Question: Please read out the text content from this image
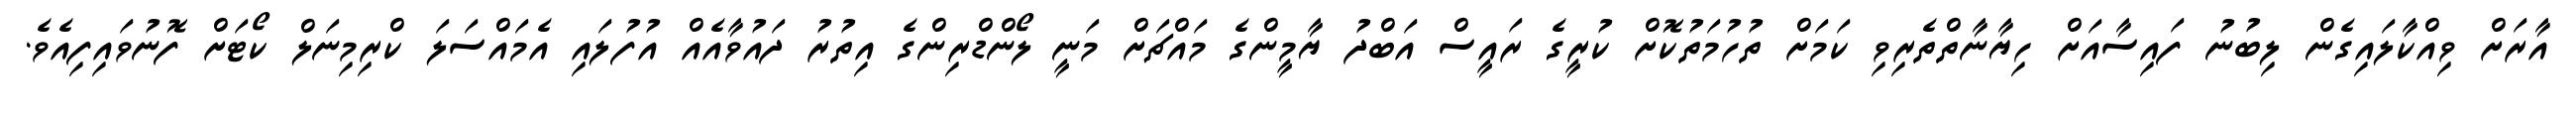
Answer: އާރަށް ވިއްކާލައިގެން ލިބުނު ފައިސާއަށް ހިޔާނާތްތެރިވި ކަމަށް ތުހުމަތުކޮށް ކުރީގެ ރައީސް އަބްދު ޔާމީންގެ މައްޗަށް މަނީ ލޯންޑްރިންގެ އިތުރު ދައުވާއެއް އުފުލައި އެމައްސަލަ ކްރިމިނަލް ކޯޓަށް ފޮނުވައިފިއެވެ.